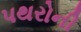
પથરોની